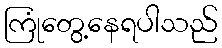
ကြုံတွေ့နေရပါသည်